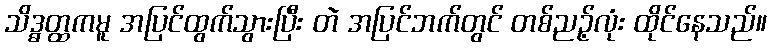
သိဒ္ဓတ္ထကမူ အပြင်ထွက်သွားပြီး တဲ အပြင်ဘက်တွင် တစ်ညဉ့်လုံး ထိုင်နေသည်။